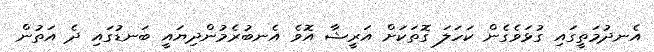
އެނދުމަތީގައި ގުޅަވެގެން ކަހަލަ ގޮތަކަށް އަރީޝާ އޮވެ އެނބުރެމުންދިޔައީ ބަނޑުގައި ދެ އަތުން